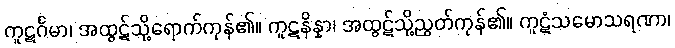
ကူဋင်္ဂမာ၊ အထွဋ်သို့ရောက်ကုန်၏။ ကူဋနိန္နာ၊ အထွဋ်သို့ညွတ်ကုန်၏။ ကူဋံသမောသရဏာ၊